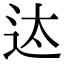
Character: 迏